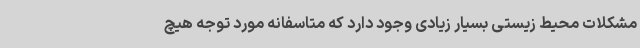
مشکلات محیط زیستی بسیار زیادی وجود دارد که متاسفانه مورد توجه هیچ